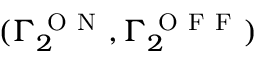
( \Gamma _ { 2 } ^ { \mathrm { ~ O ~ N ~ } } , \Gamma _ { 2 } ^ { \mathrm { ~ O ~ F ~ F ~ } } )